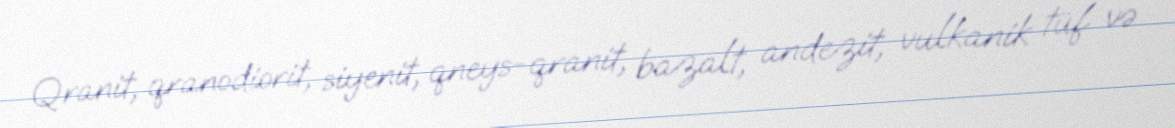
Qranit, qranodiorit, siyenit, qneys-qranit, bazalt, andezit, vulkanik tüf və